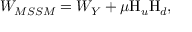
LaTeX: W _ { M S S M } = W _ { Y } + \mu \mathrm { H } _ { u } \mathrm { H } _ { d } ,